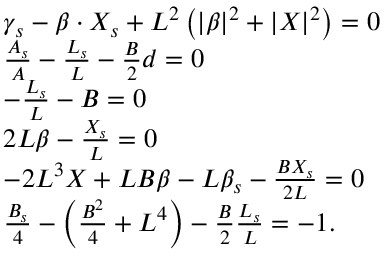
\begin{array} { r l } & { \gamma _ { s } - \beta \cdot X _ { s } + L ^ { 2 } \left( | \beta | ^ { 2 } + | X | ^ { 2 } \right) = 0 } \\ & { \frac { A _ { s } } { A } - \frac { L _ { s } } { L } - \frac { B } { 2 } d = 0 } \\ & { - \frac { L _ { s } } { L } - B = 0 } \\ & { 2 L \beta - \frac { X _ { s } } { L } = 0 } \\ & { - 2 L ^ { 3 } X + L B \beta - L \beta _ { s } - \frac { B X _ { s } } { 2 L } = 0 } \\ & { \frac { B _ { s } } { 4 } - \left( \frac { B ^ { 2 } } { 4 } + L ^ { 4 } \right) - \frac { B } { 2 } \frac { L _ { s } } { L } = - 1 . } \end{array}